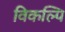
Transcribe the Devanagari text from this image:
विकल्पि